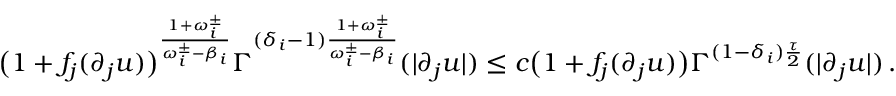
\big ( 1 + f _ { j } ( \partial _ { j } u ) \big ) ^ { \frac { 1 + \omega _ { i } ^ { \pm } } { \omega _ { i } ^ { \pm } - \beta _ { i } } } \Gamma ^ { ( \delta _ { i } - 1 ) \frac { 1 + \omega _ { i } ^ { \pm } } { \omega _ { i } ^ { \pm } - \beta _ { i } } } ( | \partial _ { j } u | ) \leq c \big ( 1 + f _ { j } ( \partial _ { j } u ) \big ) \Gamma ^ { ( 1 - \delta _ { i } ) \frac { \tau } { 2 } } ( | \partial _ { j } u | ) \, .